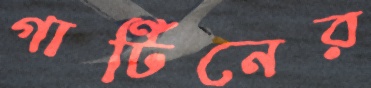
গার্টিনের